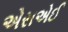
એસએઈ